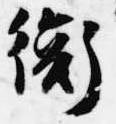
衡